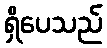
ရှိပေသည်